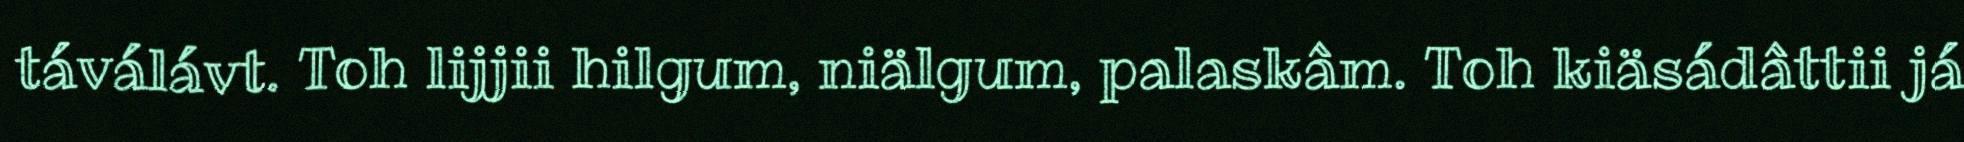
táválávt. Toh lijjii hilgum, niälgum, palaskâm. Toh kiäsádâttii já